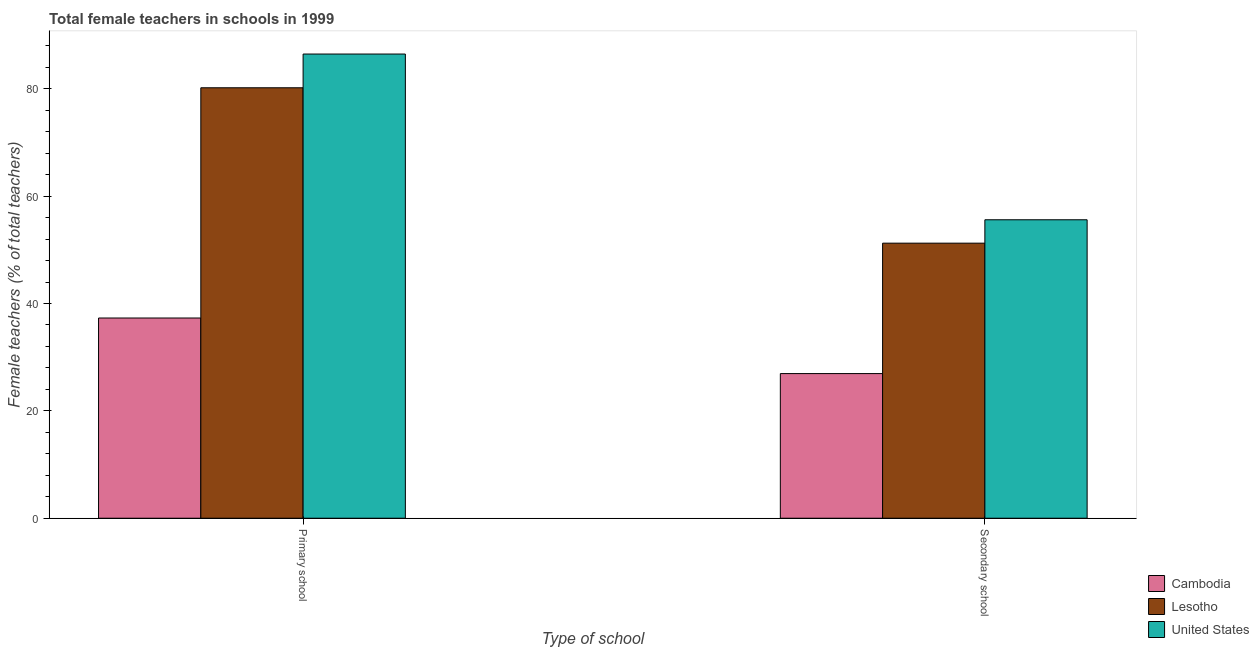
| Type of school | Cambodia | Lesotho | United States |
 | --- | --- | --- | --- |
 | Primary school | 37.3 | 80.2 | 86.5 |
 | Secondary school | 26.9 | 51.2 | 55.6 |